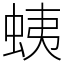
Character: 蛦